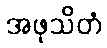
အဖုသိတံ